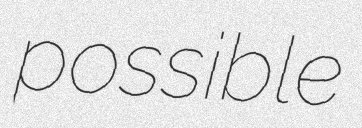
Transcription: possible